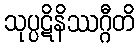
သုပ္ပဋိနိဿဂ္ဂီတိ